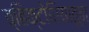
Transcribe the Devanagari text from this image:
व्हिक्टोरियातून